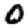
Digit: 0